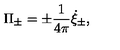
\Pi _ { \pm } = \pm { \frac { 1 } { 4 \pi } } \dot { \xi } _ { \pm } ,